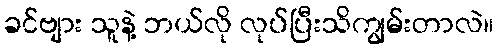
ခင်ဗျား သူနဲ့ ဘယ်လို လုပ်ပြီးသိကျွမ်းတာလဲ။